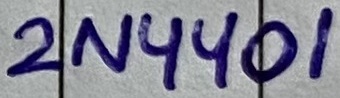
Text: 2N4401